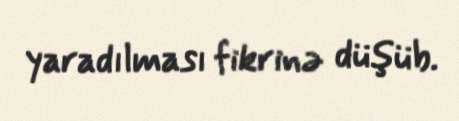
yaradılması fikrinə düşüb.